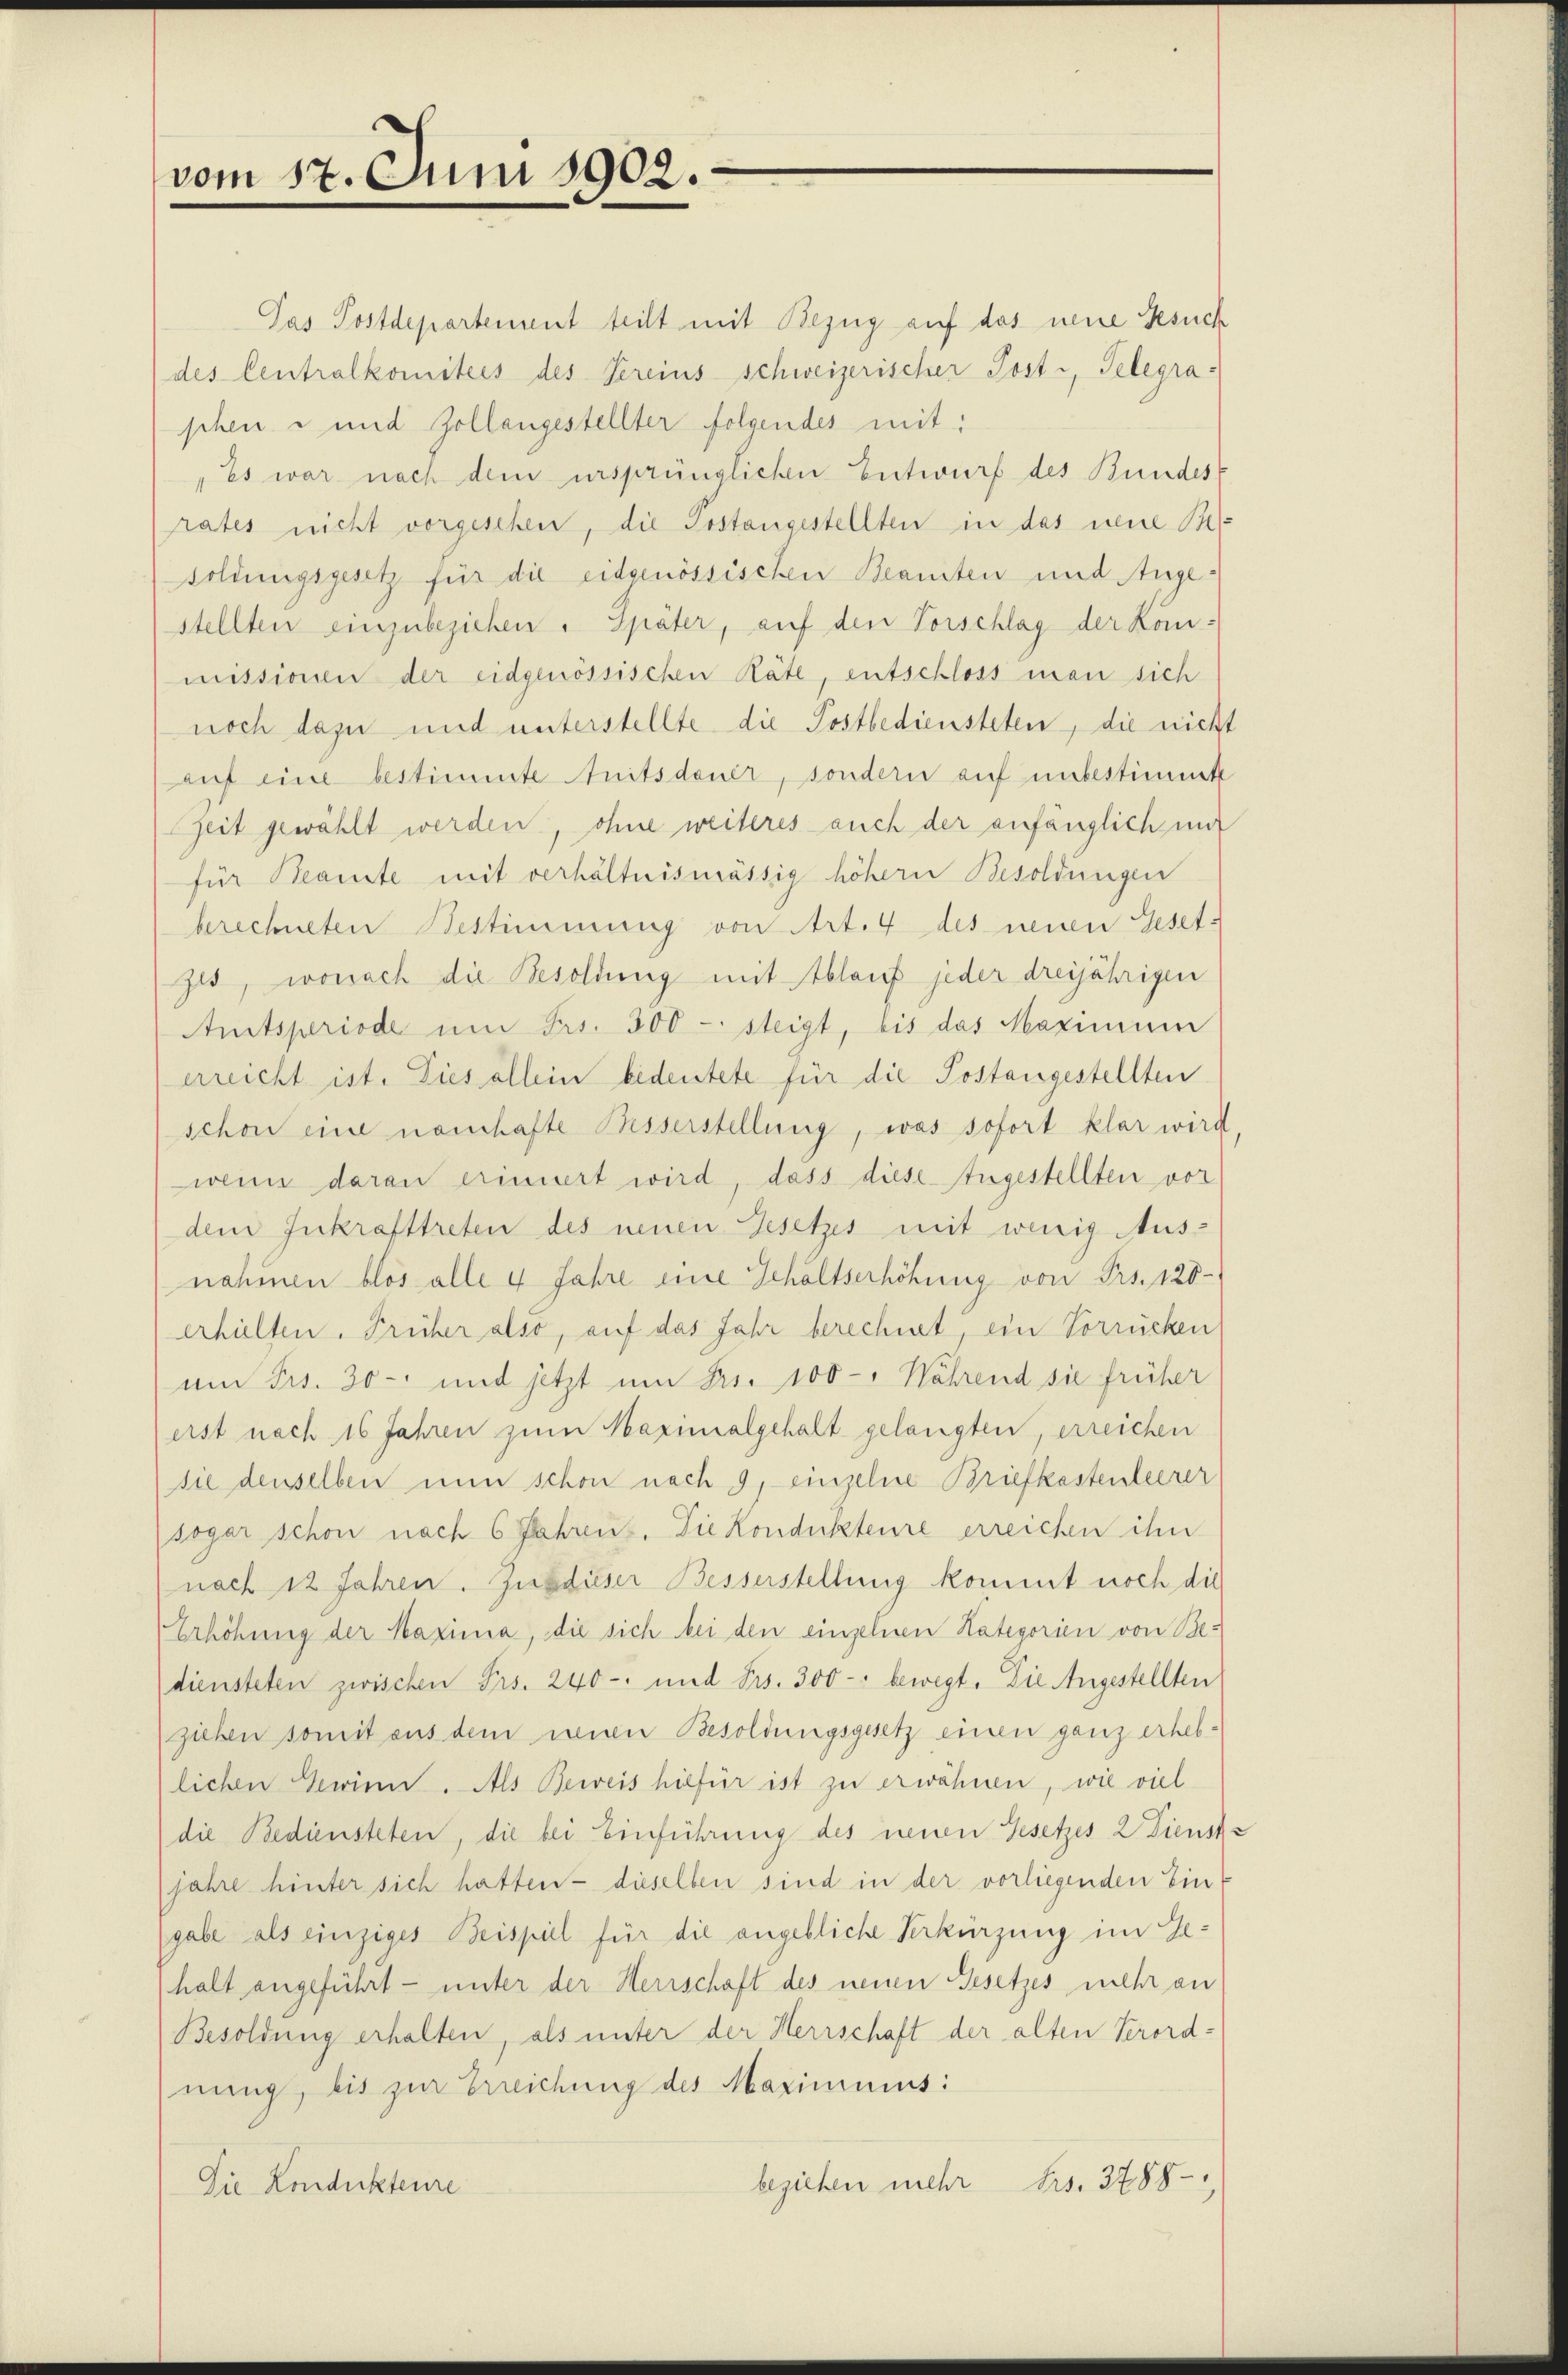
vom 17. Juni 1902.

Pas Postdepartement teilt mit Bezug auf das neue Besuch
des Centralkomitees des Vereins schweizerischer Posti, Telegraschen u und Zollangestellter folgendes mit:
„Es war nach dem ursprünglichen Entwurf des Bundes
rates nicht vorgesehen, die Postangestellten in das neue Besoldungsgesetz für die eidgenössischen Beamten und Angestellten einzubeziehen. Später, auf den Vorschlag der Kom-
missionen der eidgenössischen Räte, entschloss man sich
noch dazu und unterstellte die Postbediensteten, die nicht
auf eine bestimmte nitsdauer, sondern auf unbestimmt
Zeit gewählt werden, ohne weiteres auch der anfänglich mit
für Beamte mit verhältnismässig höhern Besoldungen
berechneten Bestimmung von Art. 4 des neuen Geset¬
Zit, wonach die Besoldung mit Ablauf jeder dreijährigen
Amitsperiode um Frs. 300 - steigt, bis das Maximum
erreicht ist. Dies allein bedeutete für die Postangestellten
schon eine namhafte Besserstellung, was sofort klar wird,
wenn daran erinnert wird, dass diese Angestellten vor
dem Inkrafttreten des neuen Gesetzes mit wenig Aus-
nahmen blos alle 4 Jahre eine Gehaltserhöhung von Frs. 128
erhielten. Früher also, auf das Jahr berechnet, ein Vorrücken
um Fr. 30- und jetzt um Fr. 100-" Nährend sie früher
erst nach 16 Jahren zum Maximalgehalt gelangten, erreichen
sie denselben nun schon nach 9, einzelne Briefkastenleerer
sogar schon nach 6 Jahren. Die Kondukteure erreichen ihn
nach 12 Jahren. Zu dieser Besserstellung kommt noch die
Erhöhung der Maxima, die sich bei den einzelnen Kategorien von Be-
diensteten zwischen Frs. 240 - und Frs. 300 - bewegt. Die Angestellten
ziehen somit aus dem neuen Besoldungsgesetz einen ganz erheblichen Gewinn. Als Beweis hiefür ist zu erwähnen, wie viel
die Bediensteten, die bei Einführung des neuen Gesetzes 2 Dienst-
jahre hinter sich hatten - dieselben sind in der vorliegenden Ein
(gabe als einziges Beispiel für die angebliche Verkürzung im Gehalt angeführt – unter der Herrschaft des neuen Gesetzes mehr an
Besoldung erhalten, als unter der Herrschaft der alten Verord-
nung, bis zur Erreichung des Maximums:
beziehen mehr Frs. 3788,
Die Kondukteure